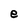
Character: e